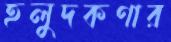
হলুদকণার